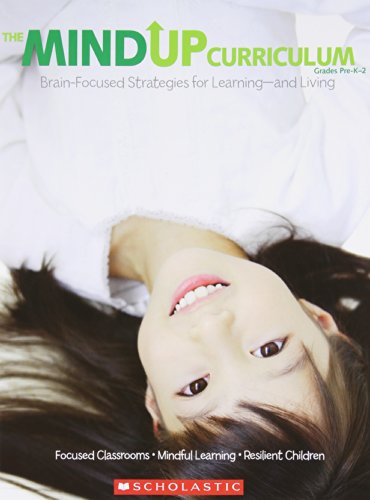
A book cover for The MindUP Curriculum: Grades PreKEE2: Brain-Focused Strategies for LearningEEand Living; The Hawn Foundation; Education & Teaching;